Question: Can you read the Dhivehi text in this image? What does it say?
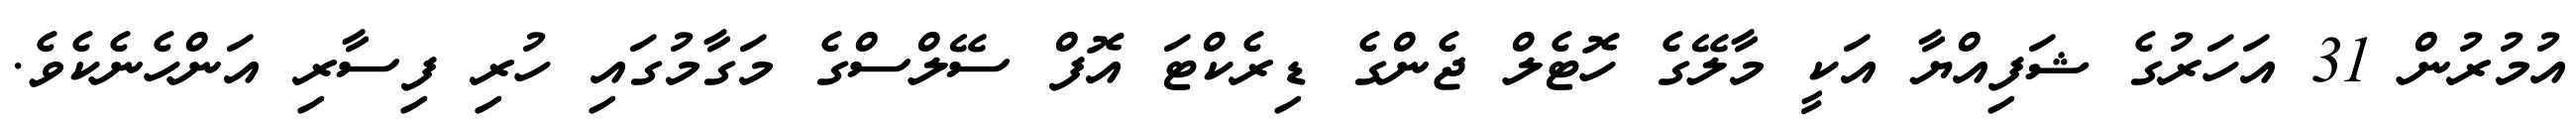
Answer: އުމުރުން 31 އަހަރުގެ ޝަފިއްޔާ އަކީ މާލޭގެ ހޮޓެލް ޖެންގެ ޑިރެކްޓަ އޮފް ސޭލްސްގެ މަގާމުގައި ހުރި ފިސާރި އަންހެނެކެވެ.